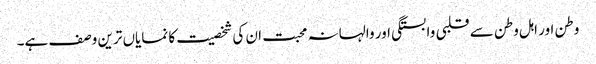
وطن اور اہل وطن سے قلبی وابستگی اور والہانہ محبت ان کی شخصیت کا نمایاں ترین وصف ہے۔